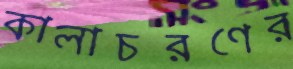
কালাচরণের